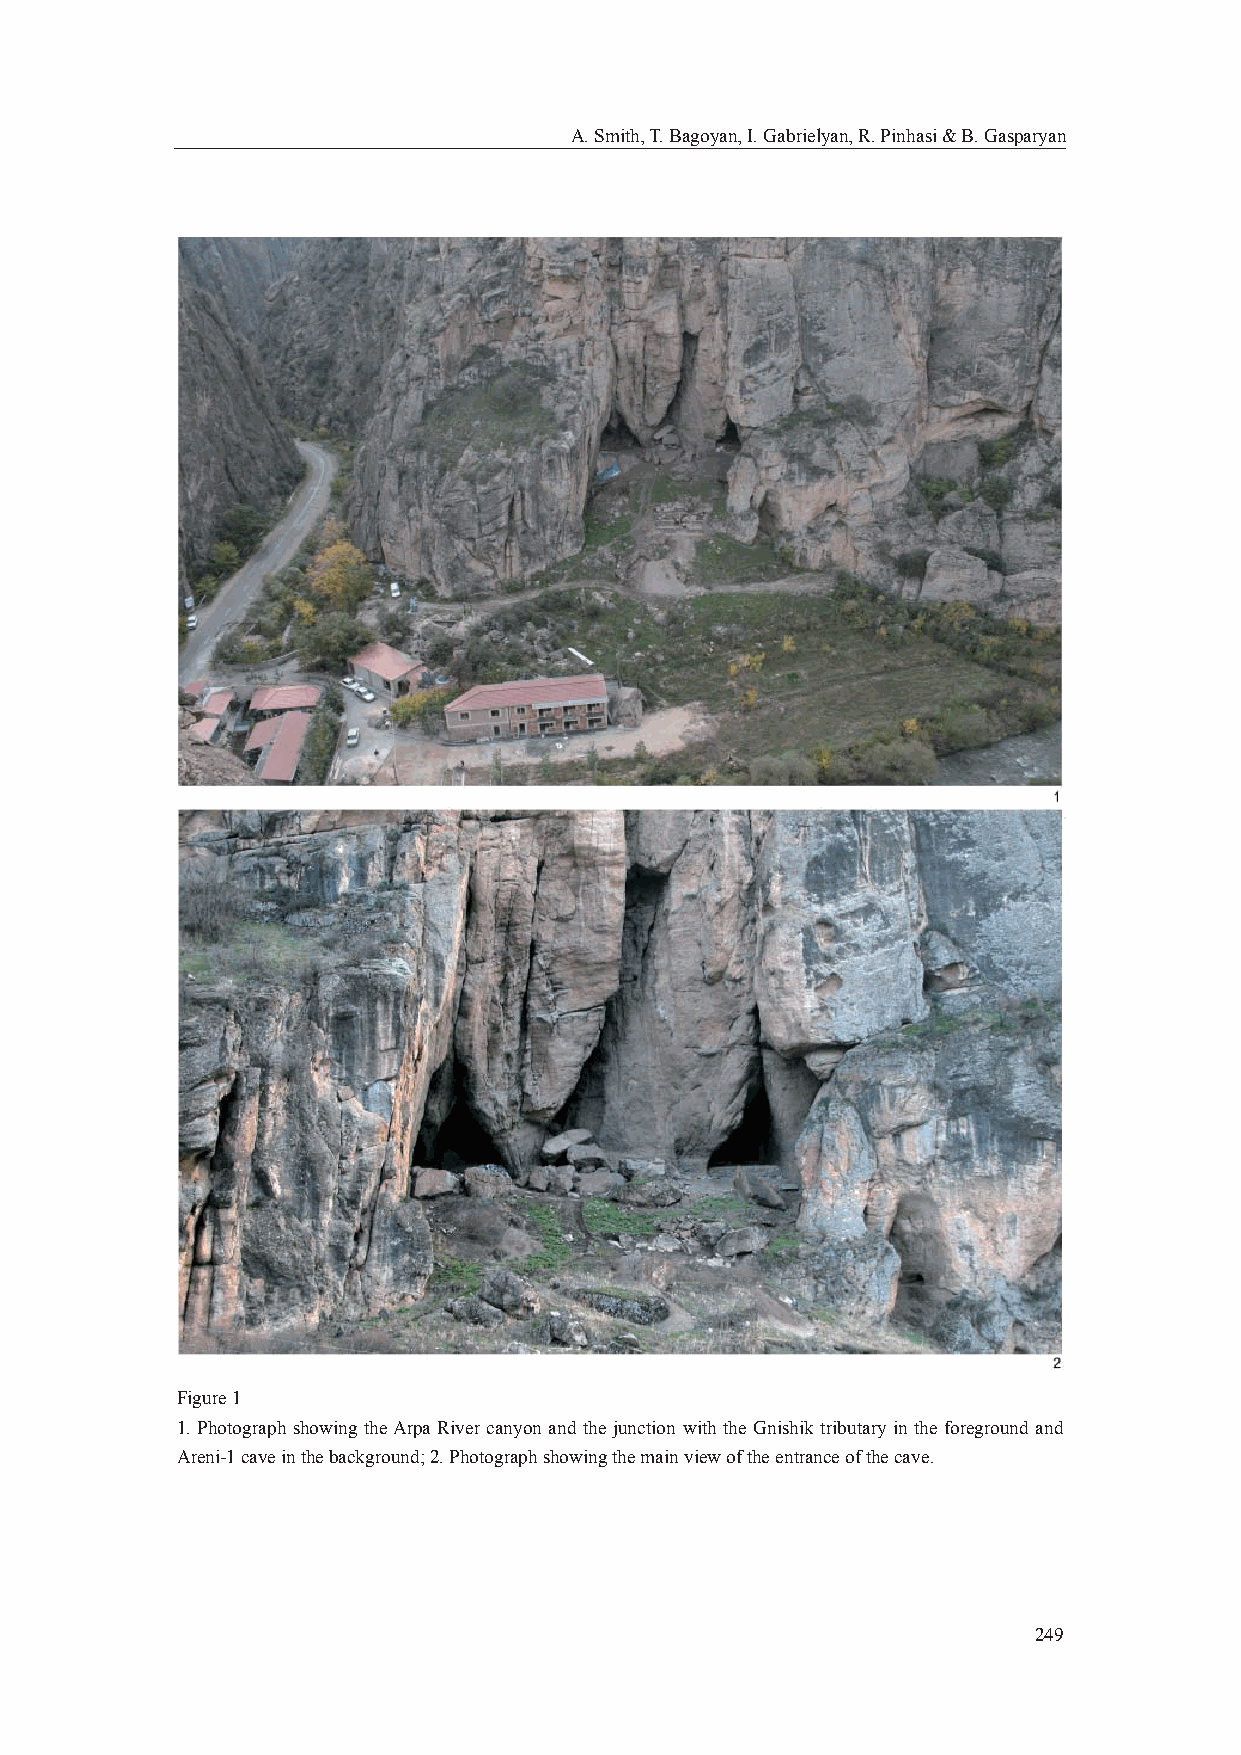
A. Smith, T. Bagoyan, I. Gabrielyan, R. Pinhasi & B. Gasparyan
 Figure 1
 1. Photograph showing the Arpa River canyon and the junction with the Gnishik tributary in the foreground and
 Areni-1 cave in the background; 2. Photograph showing the main view of the entrance of the cave.
 249